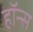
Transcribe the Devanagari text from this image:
हॉन्स